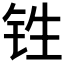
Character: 𰽫